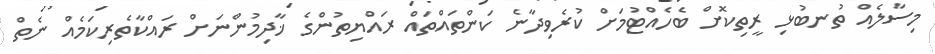
މިސާލެއް ތުނބުޅި ރީތިކޮށް ބެހެއްޓުމަށް ކުރެވިދާނެ ކަންތައްތައް ރައްޔިތުންގެ ޚާދިމުންނަށް ރައްކާތެރިކަމެއް ނެތް